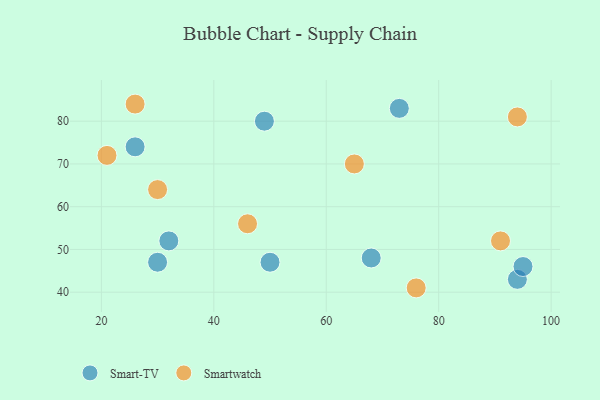
{"axis": {"x": "GDP", "y": "Life Expectancy"}, "legend": ["Smart-TV", "Smartwatch"], "data": [{"x": "26", "y": 74, "type": "Smart-TV"}, {"x": "49", "y": 80, "type": "Smart-TV"}, {"x": "50", "y": 47, "type": "Smart-TV"}, {"x": "68", "y": 48, "type": "Smart-TV"}, {"x": "30", "y": 47, "type": "Smart-TV"}, {"x": "94", "y": 43, "type": "Smart-TV"}, {"x": "32", "y": 52, "type": "Smart-TV"}, {"x": "73", "y": 83, "type": "Smart-TV"}, {"x": "95", "y": 46, "type": "Smart-TV"}, {"x": "65", "y": 70, "type": "Smartwatch"}, {"x": "30", "y": 64, "type": "Smartwatch"}, {"x": "26", "y": 84, "type": "Smartwatch"}, {"x": "76", "y": 41, "type": "Smartwatch"}, {"x": "21", "y": 72, "type": "Smartwatch"}, {"x": "91", "y": 52, "type": "Smartwatch"}, {"x": "94", "y": 81, "type": "Smartwatch"}, {"x": "46", "y": 56, "type": "Smartwatch"}]}